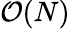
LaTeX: \mathcal{O}(N)